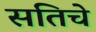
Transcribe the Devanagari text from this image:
सतिचे